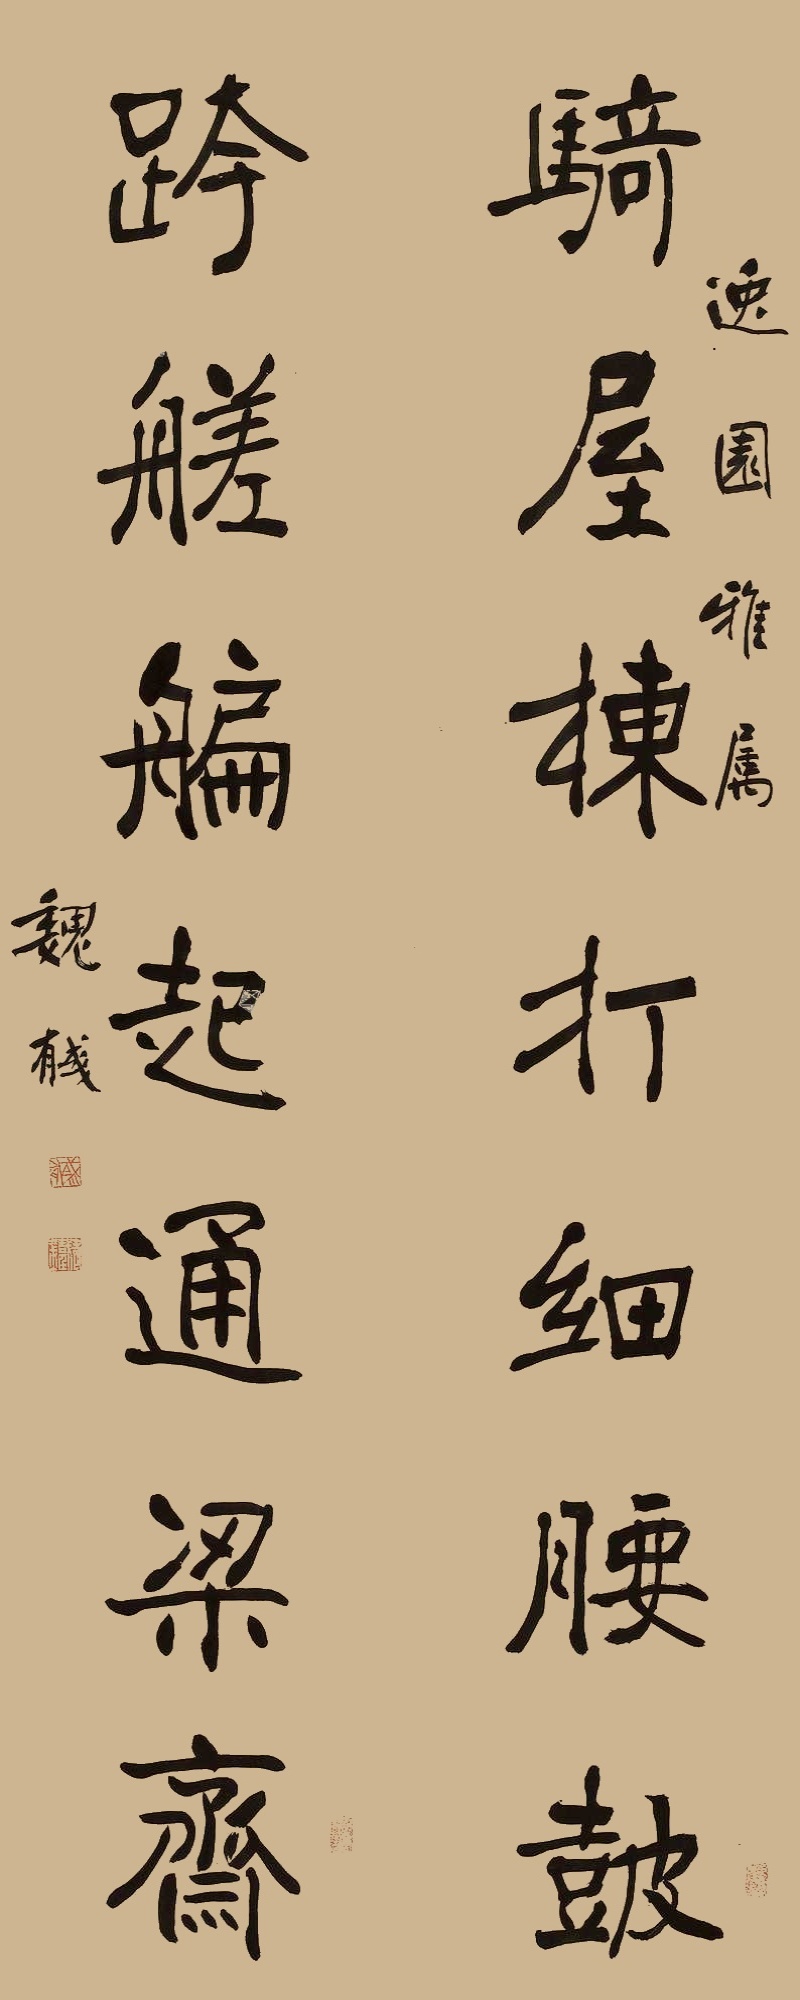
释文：骑屋栋打细腰鼓，跨艖艑起通梁斋。逸园雅属，魏戫。